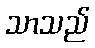
သာသည်